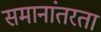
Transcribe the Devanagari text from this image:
समानांतरता